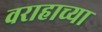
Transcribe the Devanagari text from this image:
वराहाच्या